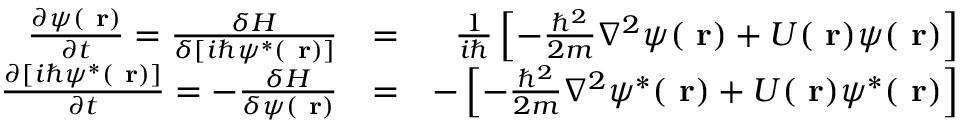
\begin{array} { r l r } { \frac { \partial \psi ( \mathrm { \bf ~ r } ) } { \partial t } = \frac { \delta H } { \delta [ i \hbar \psi ^ { * } ( \mathrm { \bf ~ r } ) ] } } & { = } & { \frac { 1 } { i \hbar } \left[ - \frac { \hbar ^ { 2 } } { 2 m } \nabla ^ { 2 } \psi ( \mathrm { \bf ~ r } ) + U ( \mathrm { \bf ~ r } ) \psi ( \mathrm { \bf ~ r } ) \right] } \\ { \frac { \partial [ i \hbar \psi ^ { * } ( \mathrm { \bf ~ r } ) ] } { \partial t } = - \frac { \delta H } { \delta \psi ( \mathrm { \bf ~ r } ) } } & { = } & { - \left[ - \frac { \hbar ^ { 2 } } { 2 m } \nabla ^ { 2 } \psi ^ { * } ( \mathrm { \bf ~ r } ) + U ( \mathrm { \bf ~ r } ) \psi ^ { * } ( \mathrm { \bf ~ r } ) \right] } \end{array}